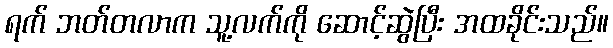
ရက် ဘတ်တလာက သူ့လက်ကို ဆောင့်ဆွဲပြီး အထခိုင်းသည်။